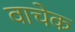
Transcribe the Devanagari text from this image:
वाचेक